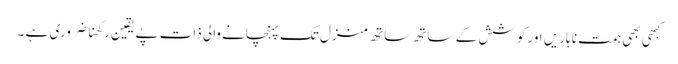
کبھی بھی ہمت نا ہاریں اور کوشش کے ساتھ ساتھ منزل تک پہنچانے والی ذات پے یقین رکھنا ضروری ہے ۔